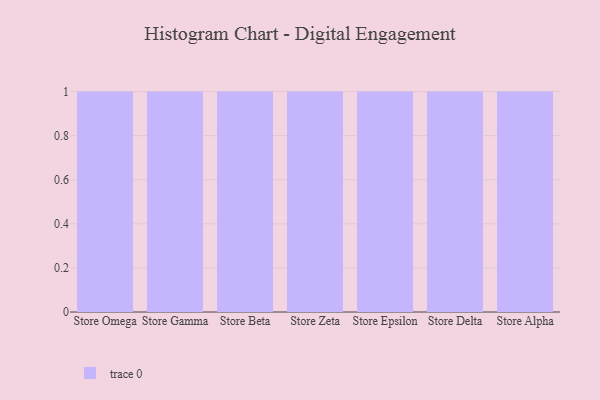
{"axis": {"x": "Store", "y": "Conversion Rate (%)"}, "legend": [""], "data": [{"x": "Store Omega", "y": 47, "type": ""}, {"x": "Store Gamma", "y": 18, "type": ""}, {"x": "Store Beta", "y": 90, "type": ""}, {"x": "Store Zeta", "y": 62, "type": ""}, {"x": "Store Epsilon", "y": 20, "type": ""}, {"x": "Store Delta", "y": 96, "type": ""}, {"x": "Store Alpha", "y": 25, "type": ""}]}